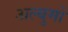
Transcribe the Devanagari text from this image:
अल्बुमो